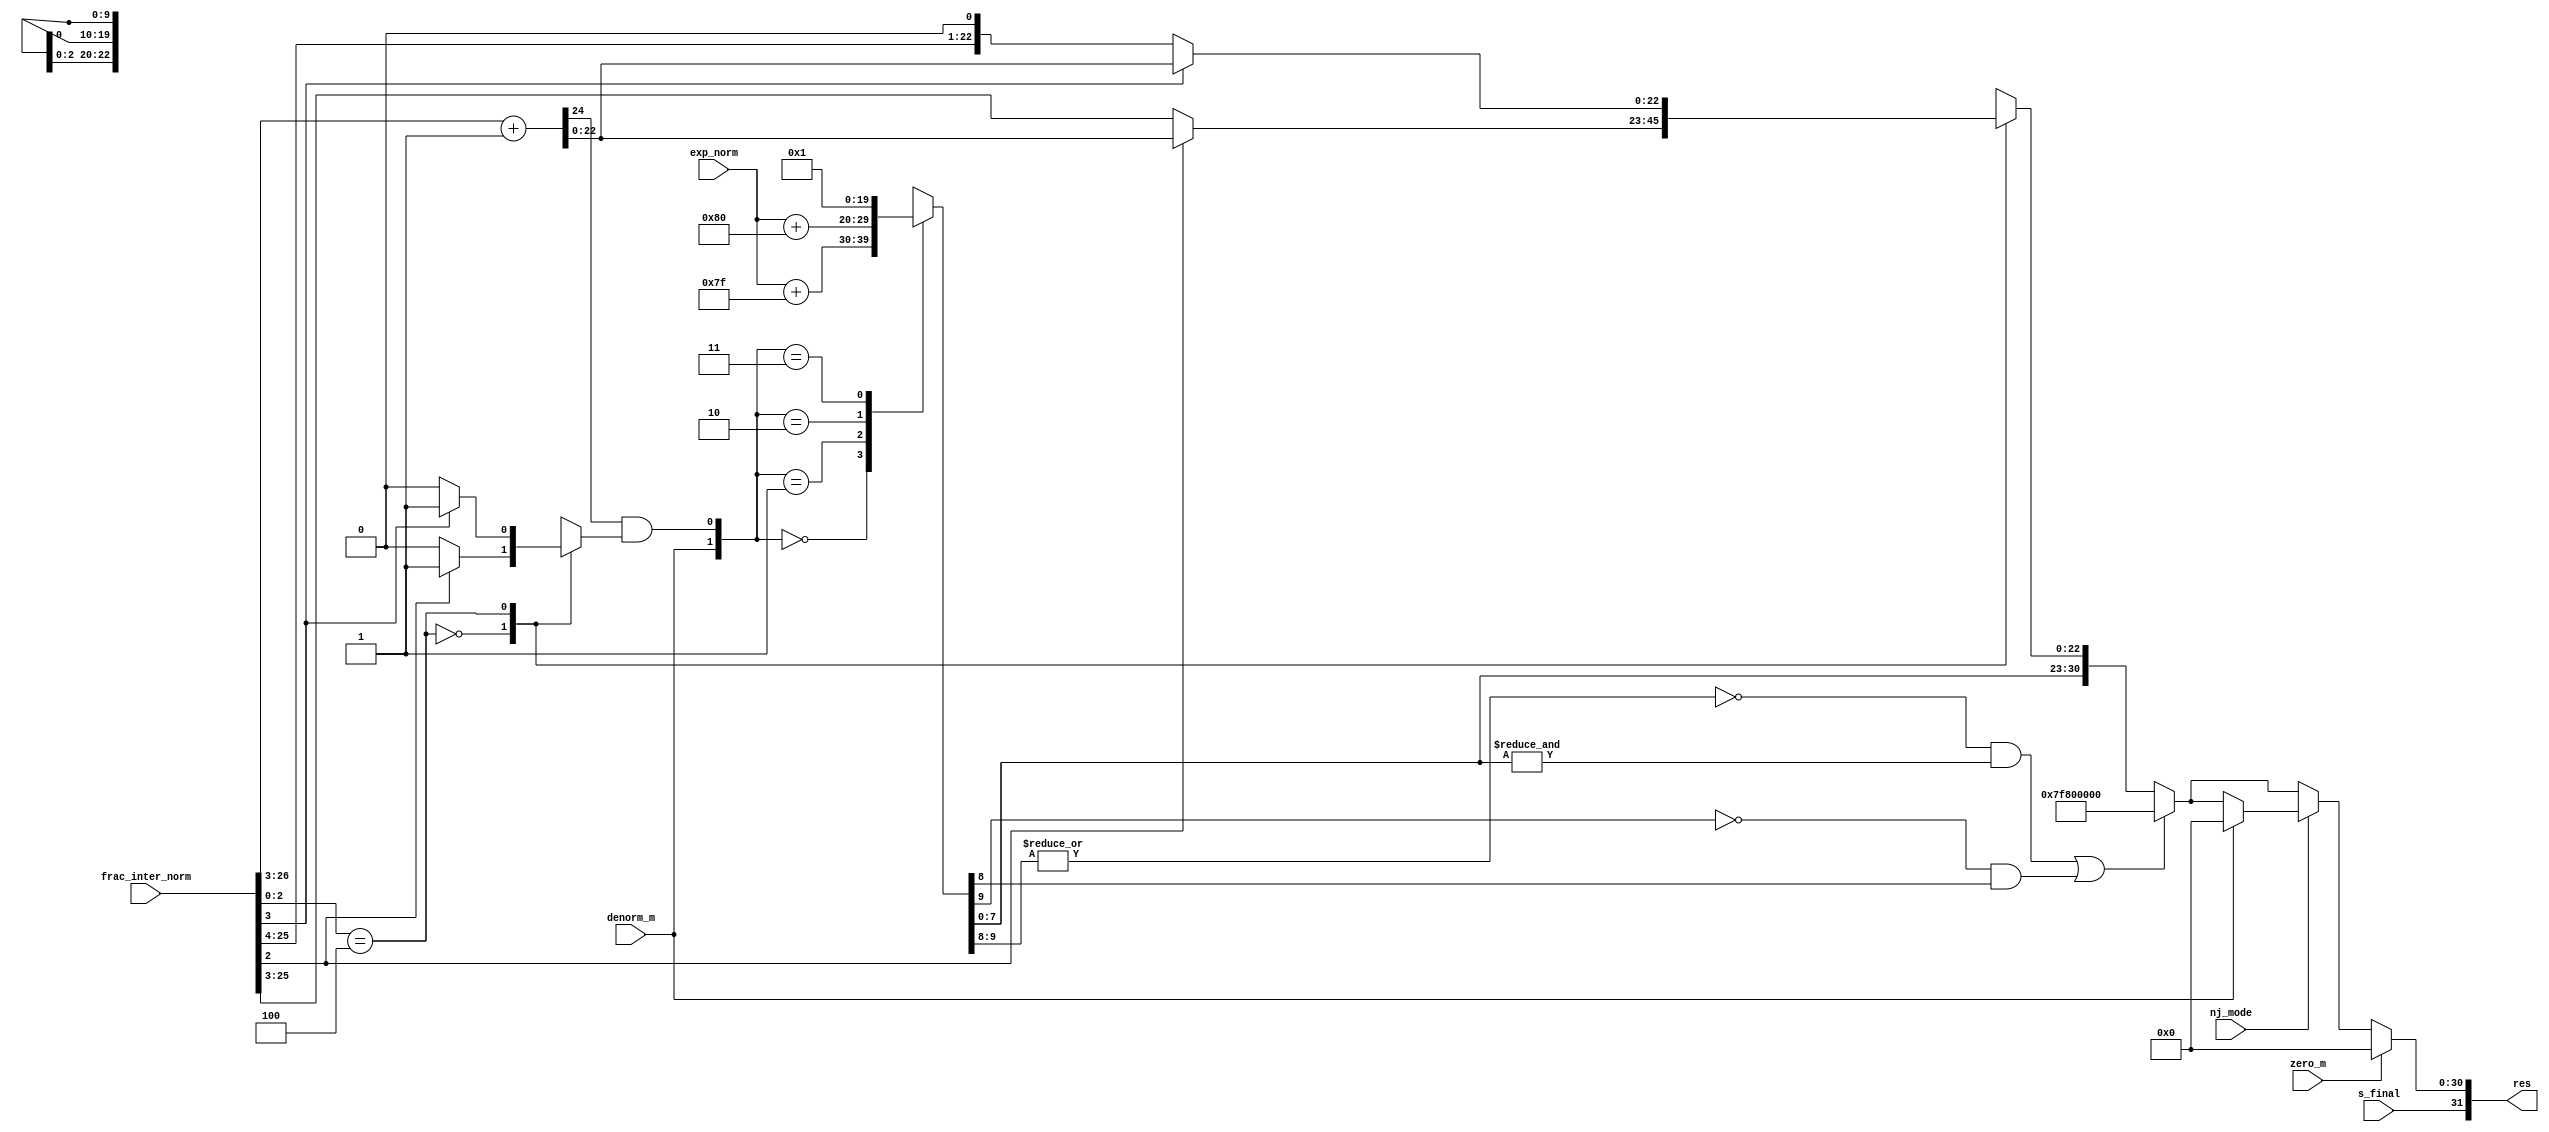
//==================================================================
//Revision	: v1.0
//Description: rounding stage
//------------------------------------------------------------
//Copyright(c)by VLSI lab of Tianjin university
//all rights reserved
//========================================================================
module  round_stage (
                    nj_mode,
                    s_final,
                    exp_norm,
                    frac_inter_norm,
                    denorm_m,
                    zero_m,

                    res
                    );
//I/O
input           nj_mode;
input           s_final;
input   [9:0]   exp_norm;
input   [26:0]  frac_inter_norm;
input           denorm_m;
input           zero_m;

output  [31:0]  res;


//--------------------------------------------------
//rounding logic
//round to the nearest number. in case of tie,choose the even number
//--------------------------------------------------
wire    [2:0]   grs;//{guard bit,round bit ,sticky bit}
wire    [23:0]  frac_z1;
wire    [23:0]  frac_z2;
reg     [23:0]  frac_final;//final fraction choose from frac_z1 and frac_z2
reg             z2_m;//whether choose frac_z2 as final frac,active high
wire            overflow_round;
wire            tie_m;//tie mask signal,active high

wire            inf_m;//active high to indicate the exponent is overflow(independent upon special case handle logic)
assign  frac_z1                     = frac_inter_norm[26:3];
assign  {overflow_round,frac_z2}    = frac_z1+24'b1;
assign  grs                         = frac_inter_norm[2:0];//{guard bit,round bit,sticky bit}
assign  tie_m                       = ( grs == 3'b100 );

always @ ( * )
begin
    case    ( tie_m )
    1'b0    : begin//not in tie
                if ( grs[2] )//>0.5
                begin
                    frac_final  = frac_z2;
                    z2_m        = 1'b1;
                end
                else//<0.5
                begin
                    frac_final  = frac_z1;
                    z2_m        = 1'b0;
                end
            end
    1'b1    :begin//in case of tie
                if ( frac_z1[0] )
                begin
                    frac_final  = frac_z2;
                    z2_m        = 1'b1;
                end
                else
                begin
                    frac_final  = frac_z1;
                    z2_m        = 1'b0;
                end
            end
    endcase
end
//-------------------------------
//exponent logic
//-----------------------------
reg     [9:0]   exp_adjust;
wire    [7:0]   exp_final;

always @ ( * )
begin
    case    ( { denorm_m,{overflow_round&z2_m} } )
    2'b00   :   exp_adjust  = exp_norm + 10'd127;
    2'b01   :   exp_adjust  = exp_norm + 10'd128;
    2'b10   :   exp_adjust  = 10'd0;
    2'b11   :   exp_adjust  = 10'd1;
    endcase
end

assign  inf_m       = {{~|exp_adjust[9:8]} & {&exp_adjust[7:0]}} || {{~exp_adjust[9]} & exp_adjust[8]} ;//whether exp_adjust is 255 or above
assign  exp_final   = exp_adjust[7:0];

//---------------------------------------------
//package logic
//--------------------------------------------
wire    [31:0]  res_tmp;
assign  res_tmp = inf_m ? {s_final,8'hff,23'h0}:{s_final,exp_final,frac_final[22:0]};

////////////////   Rev1.0   ///////////////////////////////
//assign  res     = zero_m ?      32'h0 : 
///////////////////////////////////////////////////////////
///////////////    Rev2.0  ////////////////////////////////
assign  res     = zero_m ?  {s_final,31'h0} :
                  {~nj_mode}?   res_tmp:
                  denorm_m  ?   {s_final,31'h0} : res_tmp;
endmodule